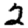
Digit: 2